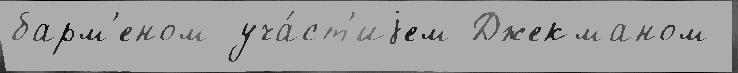
барм'еном уча́ст'иjем Джекманом